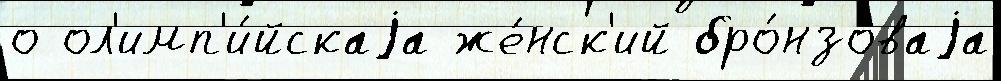
о ол'имп'и́йскаjа же́нск'ий бро́нзоваjа